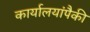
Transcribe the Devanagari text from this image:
कार्यालयांपैकी